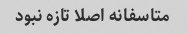
متاسفانه اصلا تازه نبود